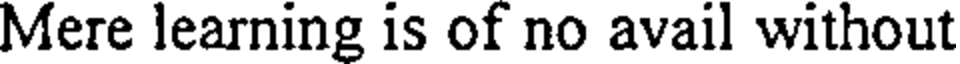
Mere learning is of no avail without